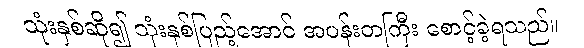
သုံးနှစ်ဆို၍ သုံးနှစ်ပြည့်အောင် အပန်းတကြီး စောင့်ခဲ့ရသည်။